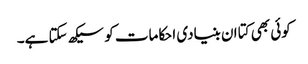
کوئی بھی کتا ان بنیادی احکامات کو سیکھ سکتا ہے۔